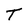
Character: T